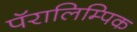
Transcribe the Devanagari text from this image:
पॅरालिम्पिक